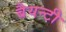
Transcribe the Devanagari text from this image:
बैयन्टी